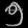
Digit: ၅